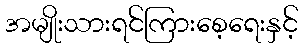
အမျိုးသားရင်ကြားစေ့ရေးနှင့်